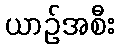
ယာဉ်အစီး